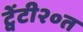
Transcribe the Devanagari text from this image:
ट्वेंटी२०त